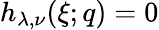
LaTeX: h_{\lambda,\nu}(\xi;q)=0